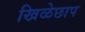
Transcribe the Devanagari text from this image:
खिळेछाप